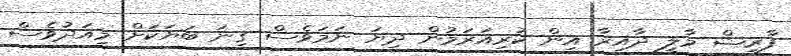
ފާރިޝް މާލީ ދާއިރާ އިން ކުރިއަރަމުން ދިޔަ ނަމަވެސް ގިނަ ބަޔަކަށް މިއަދުވެސް